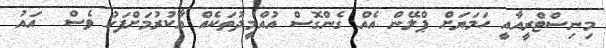
މިނިސްޓްރީއާއީ ހަމަޔަށް ޕްލޭން އެއް ގެންގޮސް އުއްމީދުތަކެއް އާކުރުމަށްފަހު ވެސް  އައު